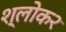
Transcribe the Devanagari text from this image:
श्लोक२